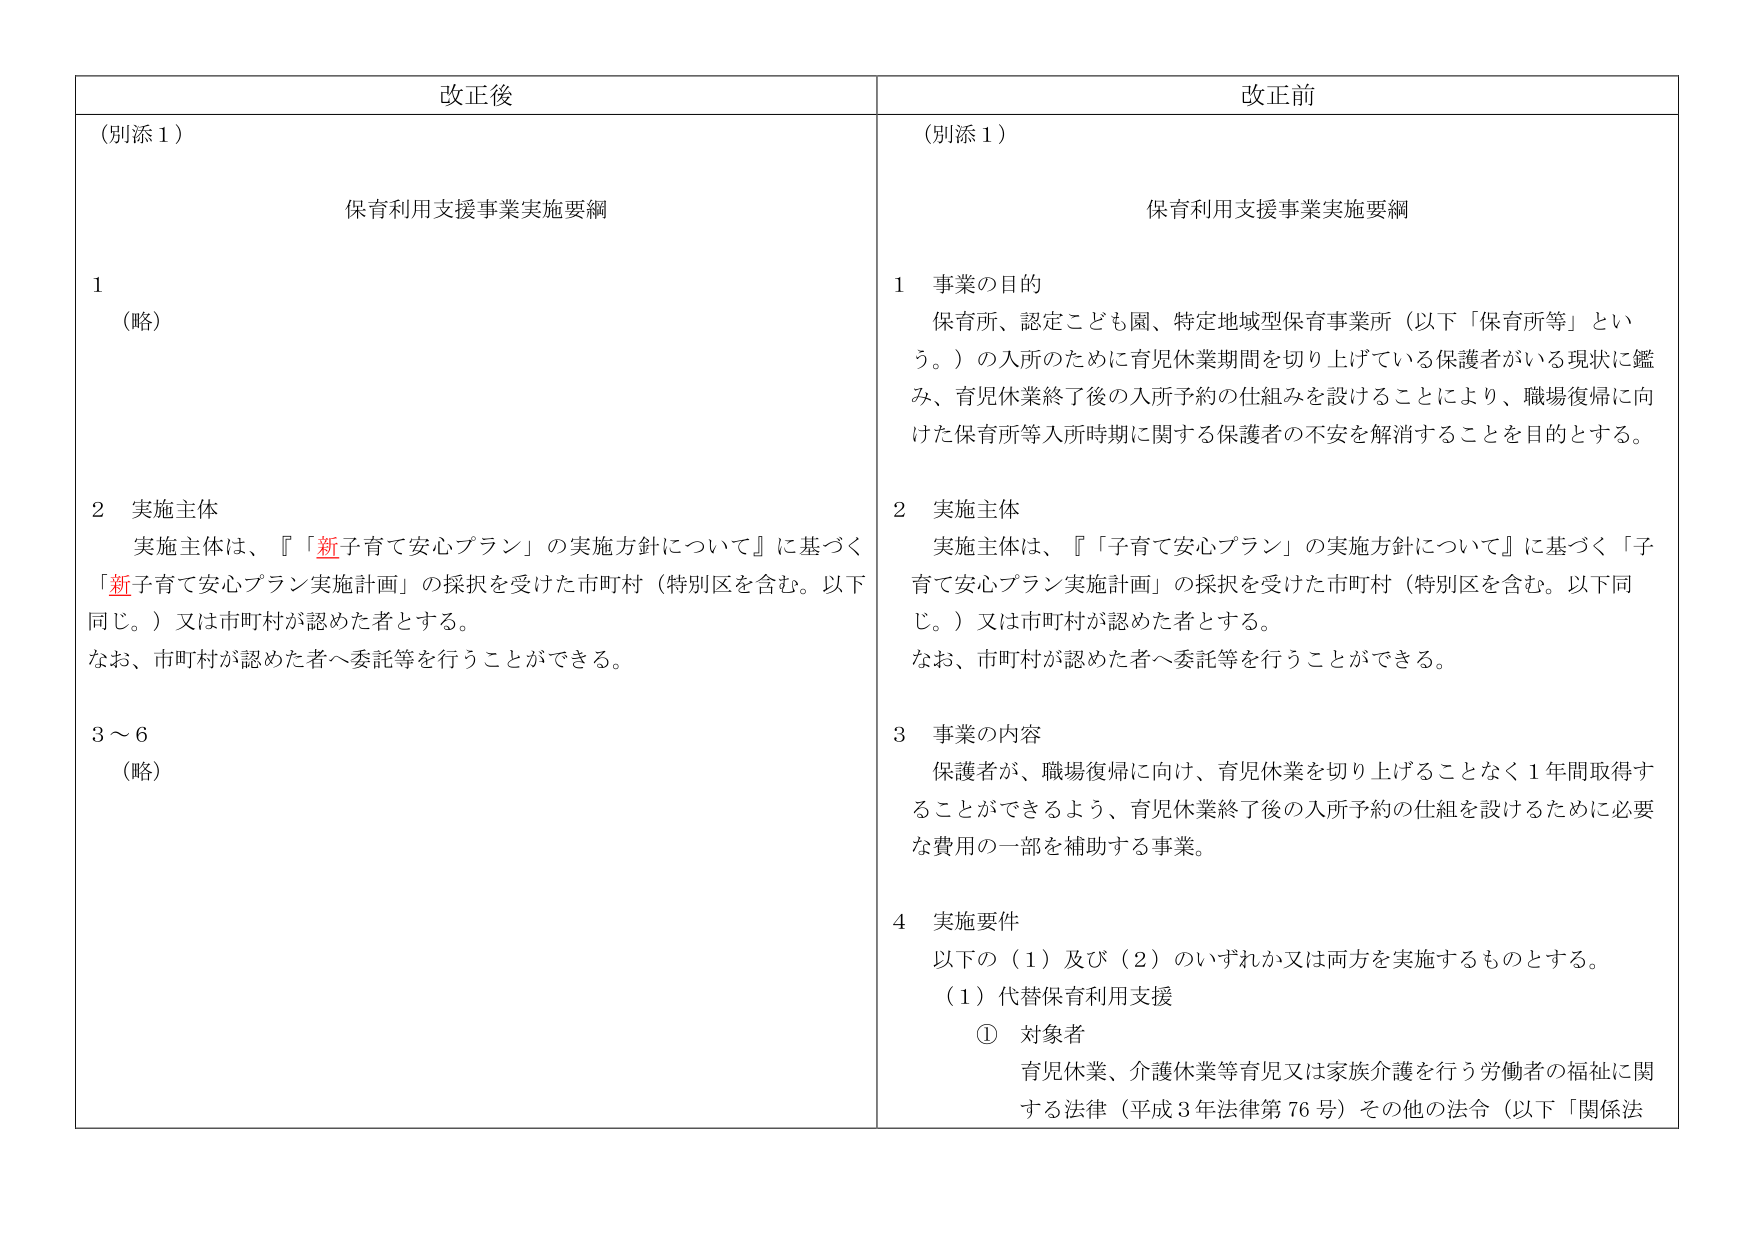
改正後
（別添１）
保育利用支援事業実施要綱
１
（略）
２　実施主体
　実施主体は、『「新子育て安心プラン」の実施方針について』に基づく
「新子育て安心プラン実施計画」の採択を受けた市町村（特別区を含む。以下
同じ。）又は市町村が認めた者とする。
　なお、市町村が認めた者へ委託等を行うことができる。
３～６
（略）

改正前
（別添１）
保育利用支援事業実施要綱
１　事業の目的
　保育所、認定こども園、特定地域型保育事業所（以下「保育所等」とい
う。）の入所のために育児休業期間を切り上げている保護者がいる現状に鑑
み、育児休業終了後の入所予約の仕組みを設けることにより、職場復帰に向
けた保育所等入所時期に関する保護者の不安を解消することを目的とする。
２　実施主体
　実施主体は、『「子育て安心プラン」の実施方針について』に基づく「子
育て安心プラン実施計画」の採択を受けた市町村（特別区を含む。以下同
じ。）又は市町村が認めた者とする。
　なお、市町村が認めた者へ委託等を行うことができる。
３　事業の内容
　保護者が、職場復帰に向け、育児休業を切り上げることなく１年間取得す
ることができるよう、育児休業終了後の入所予約の仕組みを設けるために必要
な費用の一部を補助する事業。
４　実施要件
　以下の（１）及び（２）のいずれか又は両方を実施するものとする。
　（１）代替保育利用支援
　　①　対象者
　　　育児休業、介護休業等育児又は家族介護を行う労働者の福祉に関
　　　する法律（平成３年法律第７６号）その他の法令（以下「関係法